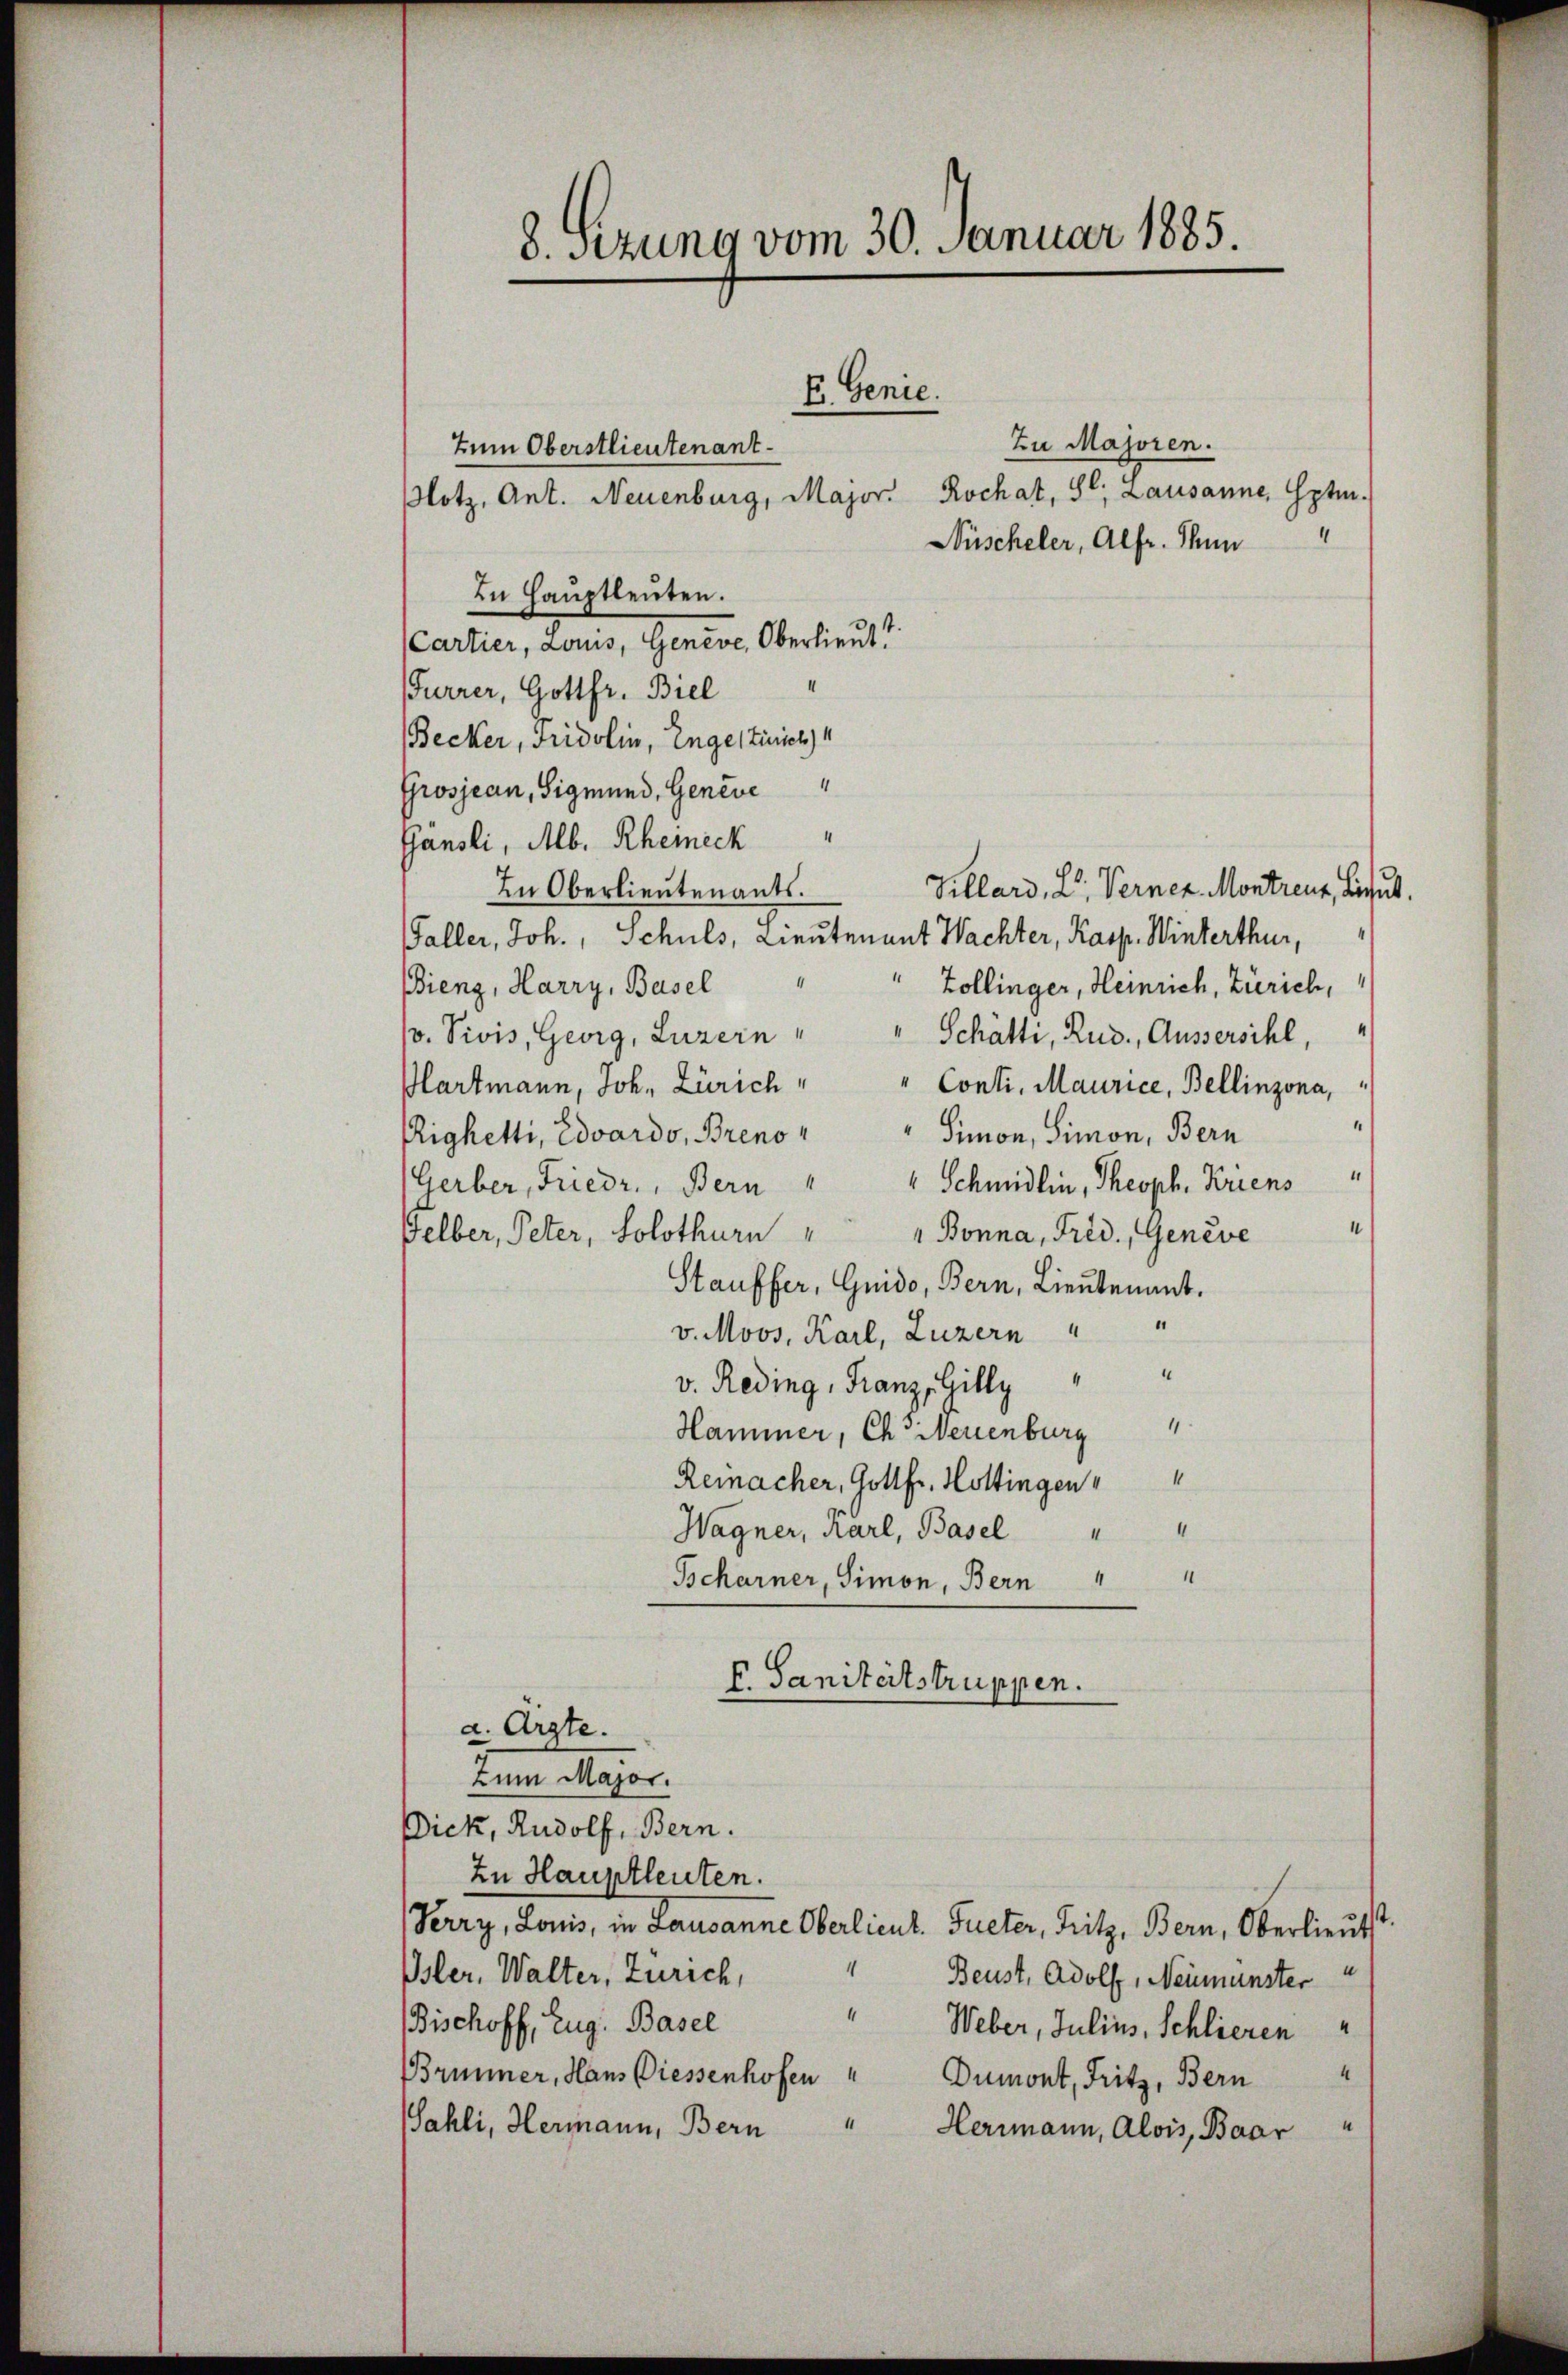
zu Majoren.
Zum Oberstlieutenant¬
Notz, Ant. Neuenburg, Major. Rochat, St. Lausanne, Hptm.
Nüscheler, Alfr. Mun
In Hauptleuten.
(Cartier, Louis, Geneve, Oberlieut?
Furrer, Gottfr. Biel
Becker, Fridolin, Engestürich
Grosjean, Sigmund, Geneve
Gänsli, Alb. Rheineck
In Oberlieutenants.
Sillard, Dr. Verner Montreux, lieut.
Faller, Joh., Schuls, Lieutenant Wachter, Kasp. Winterthur,
Bieng, Harry, Basel
Zollinger, Heinrich, Zürich,
v. Vivis, Georg, Luzern,
Schätti, Rud., Aussersihl,
Plartmann, Joh. Zürich,
"Conti, Maurice, Bellinzona,
Righetti, Edvardo, Breno " " Simon, Simon, Bern
Gerber, Friedr., Bern " " Schmidlin, Theoph. Kriens
1
Felber, Peter, Solothurn " " Bonna, Frid., Geneve
Stauffer, Guido, Bern, Lieutenant.
v. Moos, Karl, Luzern " "
v. Reding, Franz, Gilly " "
Hammer, Ch. Neuenburg
Reinacher, Gottfr. Hottingen
Wagner, Karl, Basel " "
Scharner, Simon, Bern " "

8. Sitzung vom 30. Januar 1885.

a. Argte.
Zum Major.
Dick, Rudolf, Bern.

F. Genie.

F. Sanitertstruppen.

In Hauptleuten.
Serry, Louis, in Lausanne Oberlieut. Fueter, Fritz, Bern, Oberlieŭt
1
Isler, Walter, Zürich,
Beust, Adolf, Neumünster
Bischoff, Zug: Basel
Weber, Julius, Schlieren
Brünner, Hans Diessenhofen " Dumont, Fritz, Bern
Wahli, Hermann, Bern " Herrmann, Alois, Baar